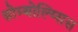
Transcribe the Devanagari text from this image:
थ्रोम्बोल्य्सिस